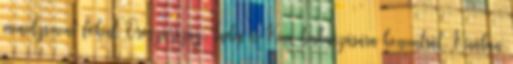
menedzsment főként Oroszország, India és Kína kiaknázására koncentrál. Kínában